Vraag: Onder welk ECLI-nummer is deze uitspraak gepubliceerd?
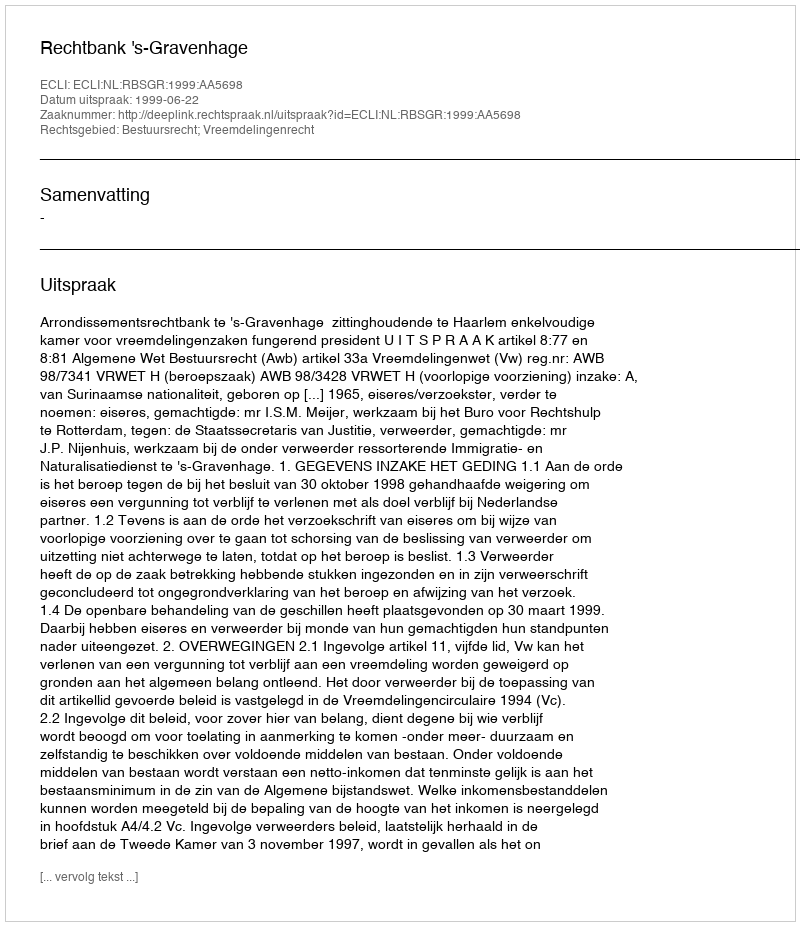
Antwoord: ECLI:NL:RBSGR:1999:AA5698